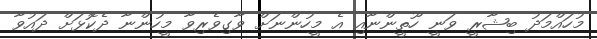
މުހައްމަދު ބިޝާރީ ވަނީ ހޫތީންނާއި އެ މީހުންނަށް ވާގިވެރިވާ މީހުންނާ ދެކޮޅަށް ދައުވާ